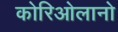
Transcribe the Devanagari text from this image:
कोरिओलानो